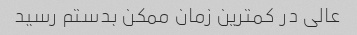
عالی در کمترین زمان ممکن بدستم رسید